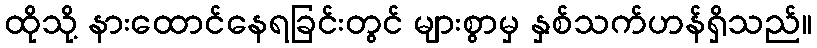
ထိုသို့ နားထောင်နေရခြင်းတွင် များစွာမှ နှစ်သက်ဟန်ရှိသည်။